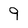
Character: 9